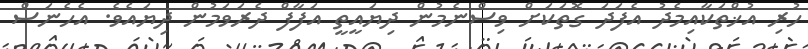
ހުރި އުޚްތަކާއިމެދު އެފަދަ ގޮތަކަށް ވިސްނެމުން ދިޔައީތީ އަފާފް ދެރަވަމުން ދިޔައެވެ. އެހެނަސް